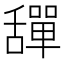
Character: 𦧴